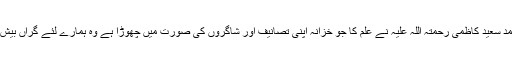
علامہ سید احمد سعید کاظمی رحمتہ اللہ علیہ نے علم کا جو خزانہ اپنی تصانیف اور شاگروں کی صورت میں چھوڑا ہے وہ ہمارے لئے گراں بیش بہا اثاثہ ہے۔